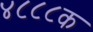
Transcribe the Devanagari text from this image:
४८८८क